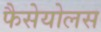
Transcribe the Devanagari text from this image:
फैसेयोलस